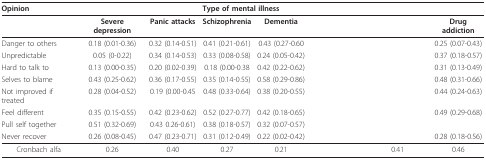
<table><thead><tr><td colspan="3"><b>Opinion</b></td><td colspan="5"><b>Type of mental illness</b></td></tr></thead><tbody><tr><td>[EMPTY_CELL]</td><td><b>Severe depression</b></td><td><b>Panic attacks</b></td><td><b>Schizophrenia</b></td><td><b>Dementia</b></td><td>[EMPTY_CELL]</td><td>[EMPTY_CELL]</td><td><b>Drug addiction</b></td></tr><tr><td>Danger to others</td><td>0.18 (0.01-0.36)</td><td>0.32 (0.14-0.51)</td><td>0.41 (0.21-0.61)</td><td>0.43 (0.27-0.60</td><td>[EMPTY_CELL]</td><td>[EMPTY_CELL]</td><td>0.25 (0.07-0.43)</td></tr><tr><td>Unpredictable</td><td>0.05 (0-0.22)</td><td>0.34 (0.14-0.53)</td><td>0.33 (0.08-0.58)</td><td>0.24 (0.05-0.42)</td><td>[EMPTY_CELL]</td><td>[EMPTY_CELL]</td><td>0.37 (0.18-0.57)</td></tr><tr><td>Hard to talk to</td><td>0.13 (0.00-0.35)</td><td>0.20 (0.02-0.39)</td><td>0.18 (0.00-0.38</td><td>0.42 (0.22-0.62)</td><td>[EMPTY_CELL]</td><td>[EMPTY_CELL]</td><td>0.31 (0.13-0.49)</td></tr><tr><td>Selves to blame</td><td>0.43 (0.25-0.62)</td><td>0.36 (0.17-0.55)</td><td>0.35 (0.14-0.55)</td><td>0.58 (0.29-0.86)</td><td>[EMPTY_CELL]</td><td>[EMPTY_CELL]</td><td>0.48 (0.31-0.66)</td></tr><tr><td>Not improved if treated</td><td>0.28 (0.04-0.52)</td><td>0.19 (0.00-0.45</td><td>0.48 (0.33-0.64)</td><td>0.38 (0.20-0.55)</td><td>[EMPTY_CELL]</td><td>[EMPTY_CELL]</td><td>0.44 (0.24-0.63)</td></tr><tr><td>Feel different</td><td>0.35 (0.15-0.55)</td><td>0.42 (0.23-0.62)</td><td>0.52 (0.27-0.77)</td><td>0.42 (0.18-0.65)</td><td>[EMPTY_CELL]</td><td>[EMPTY_CELL]</td><td>0.49 (0.29-0.68)</td></tr><tr><td>Pull self together</td><td>0.51 (0.32-0.69)</td><td>0.43 0.26-0.61)</td><td>0.38 (0.18-0.57)</td><td>0.32 (0.07-0.57)</td><td>[EMPTY_CELL]</td><td>[EMPTY_CELL]</td><td>[EMPTY_CELL]</td></tr><tr><td>Never recover</td><td>0.26 (0.08-0.45)</td><td>0.47 (0.23-0.71)</td><td>0.31 (0.12-0.49)</td><td>0.22 (0.02-0.42)</td><td>[EMPTY_CELL]</td><td>[EMPTY_CELL]</td><td>0.28 (0.18-0.56)</td></tr><tr><td>Cronbach alfa</td><td>0.26</td><td>0.40</td><td>0.27</td><td>0.21</td><td>[EMPTY_CELL]</td><td>0.41</td><td>0.46</td></tr></tbody></table>